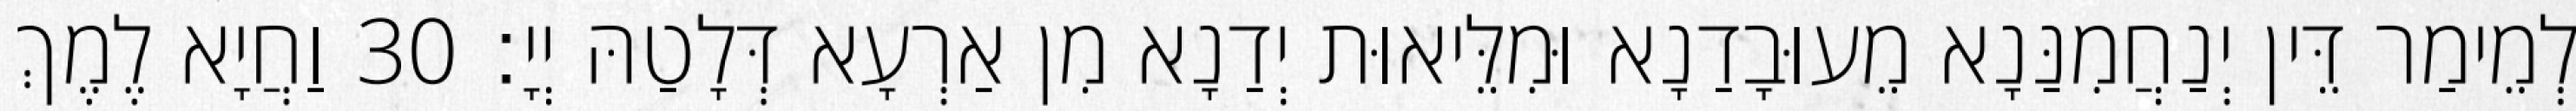
לְמֵימַר דֵּין יְנַחֲמִנַּנָא מֵעוּבָדַנָא וּמִלֵּיאוּת יְדַנָא מִן אַרְעָא דְּלָטַהּ יְיָ׃ 30 וַחֲיָא לֶמֶךְ